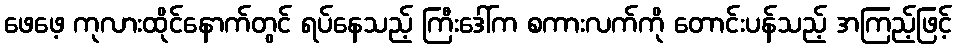
ဖေဖေ့ ကုလားထိုင်နောက်တွင် ရပ်နေသည့် ကြီးဒေါ်က စကားလက်ကို တောင်းပန်သည့် အကြည့်ဖြင့်